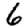
Digit: 6